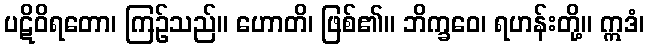
ပဋိဝိရတော၊ ကြဉ်သည်။ ဟောတိ၊ ဖြစ်၏။ ဘိက္ခဝေ၊ ရဟန်းတို့။ ဣဒံ၊